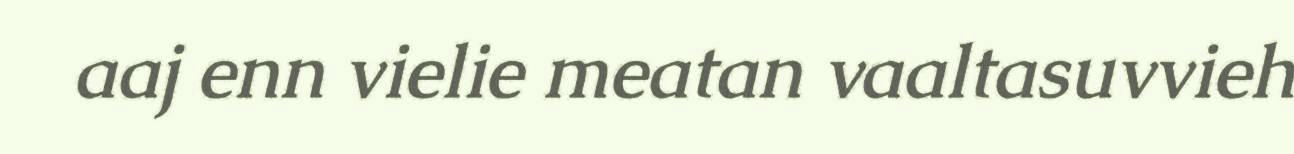
aaj enn vielie meatan vaaltasuvvieh